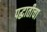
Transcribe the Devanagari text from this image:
पद्धातीचा